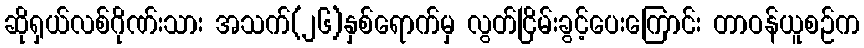
ဆိုရှယ်လစ်ဂိုဏ်းသား အသက်(၂၆)နှစ်ရောက်မှ လွတ်ငြိမ်းခွင့်ပေးကြောင်း တာဝန်ယူစဉ်က